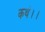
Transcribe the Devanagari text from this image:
कथं।।